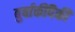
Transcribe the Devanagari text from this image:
बुर्बाकींपैकी